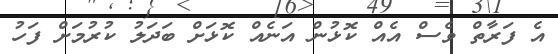
އެ ފަރާތް ވެސް އެއް ކޮޅުން އަނެއް ކޮޅަށް ބަދަލު ކުރުމަށް ފަހު